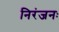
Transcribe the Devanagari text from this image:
निरंजनः